Jaan_Tonisson_(Lasteleht), lk 165
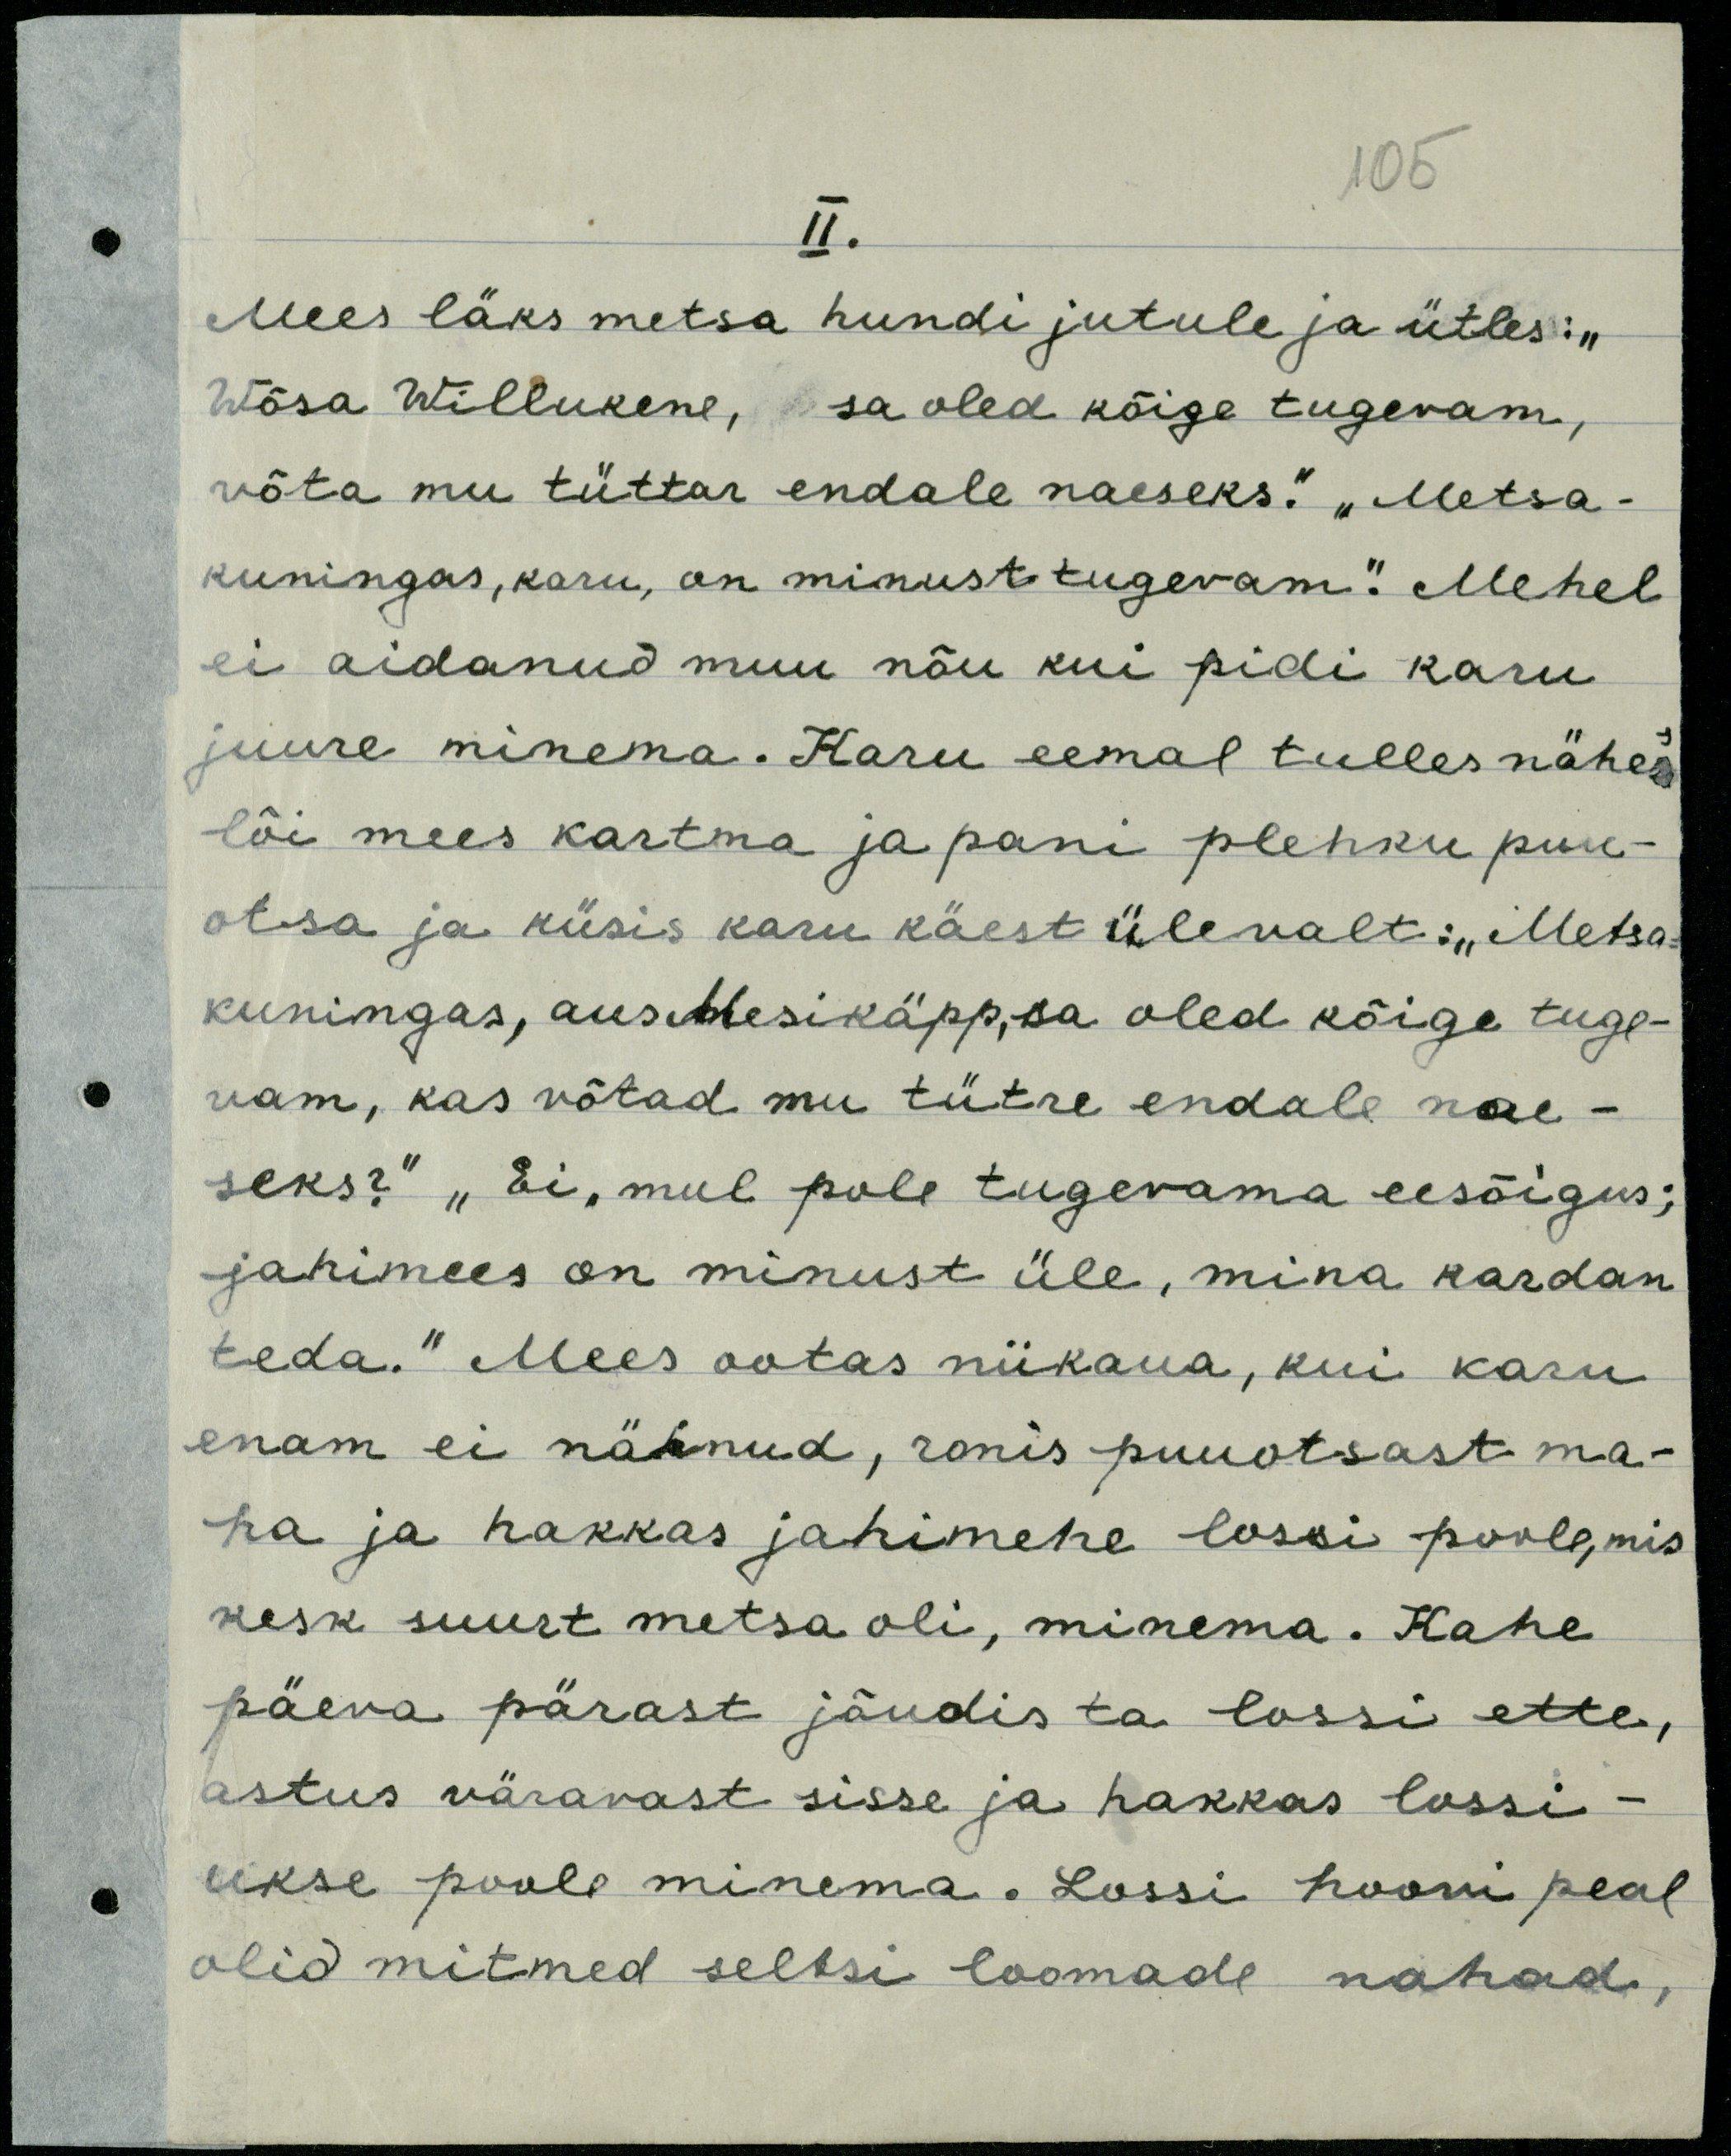
105
II.
Mees läks metsa hundi jutule ja ütles: "
Wõsa Willukene, sa oled kõige tugevam,
võta mu tüttar endale naeseks." "Metsa-
kuningas, karu, on minust tugevam." Mehel
ei aidanud muu nõu kui pidi karu
juure minema. Karu eemal tulles nähes
lõi mees kartma ja pani plehku puu-
otsa ja küsis karu käest ülevalt: "Metsa-
kuningas, aus Mesikäpp, sa oled kõige tuge-
vam, kas võtad mu tütre endale nae-
seks?" "Ei, mul pole tugevama eesõigus;
jahimees on minust üle, mina kardan
teda." Mees ootas niikaua, kui karu
enam ei näinud, ronis puuotsast ma-
ha ja hakkas jahimehe lossi poole, mis
kesk suurt metsa oli, minema. Kahe
päeva pärast jõudis ta lossi ette,
astus väravast sisse ja hakkas lossi-
ukse poole minema. Lossi hoovi peal
olid mitmed seltsi loomade nahad,